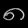
Digit: ၈